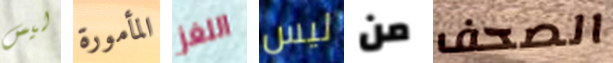
ليس المأمورة اللغز ليس من الصحف